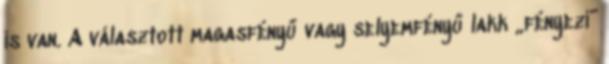
is van. A választott magasfényű vagy selyemfényű lakk „fényezi”